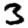
Digit: 3